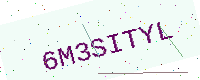
Text: 6M3SITYL